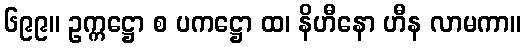
၆၉၉။ ဥက္ကဋ္ဌော စ ပကဋ္ဌော ထ၊ နိဟီနော ဟီန လာမကာ။